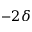
- 2 \delta